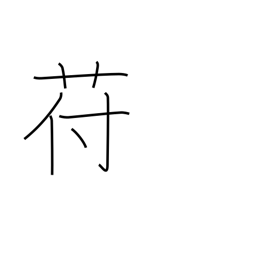
Meaning: kudzu-like plant